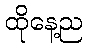
ထိုနေ့ည